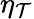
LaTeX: \eta_{\mathcal{T}}